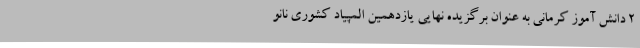
2 دانش آموز کرمانی به عنوان برگزیده نهایی یازدهمین المپیاد کشوری نانو